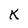
Character: K